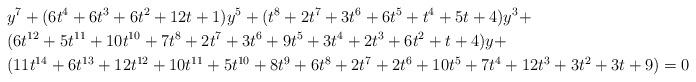
LaTeX: \begin{align*} &y^7 + (6t^4+6t^3+6t^2+12t+1)y^5 + (t^8 + 2t^7+3t^6+6t^5+t^4+5t+4)y^3 + \\ &(6t^{12}+5t^{11}+10t^{10}+7t^8+2t^7+3t^6+9t^5+3t^4+2t^3+6t^2+t+4)y + \\ &(11t^{14}+6t^{13}+12t^{12}+10t^{11}+5t^{10}+8t^9+6t^8+2t^7+2t^6+10t^5+7t^4+12t^3+3t^2+3t+9) = 0\end{align*}